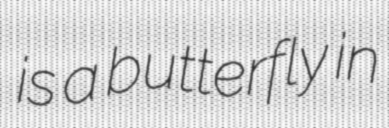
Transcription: is a butterfly in